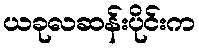
ယခုလဆန်းပိုင်းက